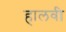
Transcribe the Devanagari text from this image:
हालवी